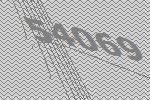
54069